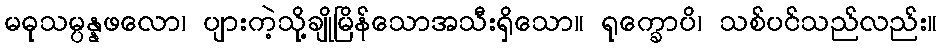
မဓုသမ္ပန္နဖလော၊ ပျားကဲ့သို့ချိုမြိန်သောအသီးရှိသော။ ရုက္ခောပိ၊ သစ်ပင်သည်လည်း။